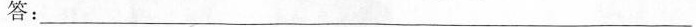
答：___